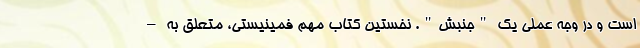
است و در وجه عملی یک "جنبش". نخستین کتاب مهم فمینیستی، متعلق به –